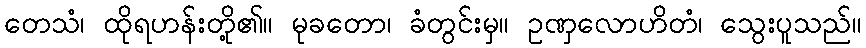
တေသံ၊ ထိုရဟန်းတို့၏။ မုခတော၊ ခံတွင်းမှ။ ဥဏှလောဟိတံ၊ သွေးပူသည်။